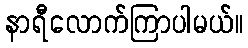
နာရီလောက်ကြာပါမယ်။